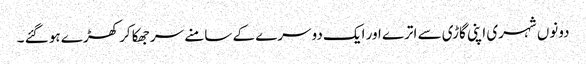
دونوں شہری اپنی گاڑی سے اترے اور ایک دوسرے کے سامنے سر جھکا کر کھڑے ہو گئے ۔